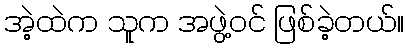
အဲ့ထဲက သူက အဖွဲ့ဝင် ဖြစ်ခဲ့တယ်။